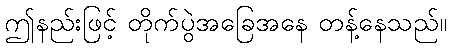
ဤနည်းဖြင့် တိုက်ပွဲအခြေအနေ တန့်နေသည်။